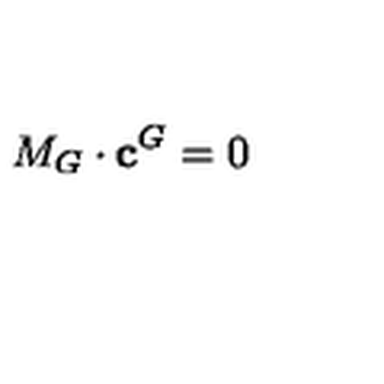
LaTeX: M _ { G } \cdot \mathbf { c } ^ { G } = 0